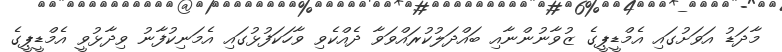
މާދަޑު އަވަށުގައި އެމްޑީޕީގެ ޒުވާނުންނާއި ބައްދަލުކުރައްވަވާ ދެއްކެވި ވާހަކަފުޅުގައި އެމަނިކުފާނު ވިދާޅުވީ އެމްޑީޕީގެ